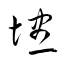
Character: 壗